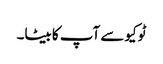
ٹوکیو سے آپ کا بیٹا۔